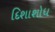
દિશાશોધ